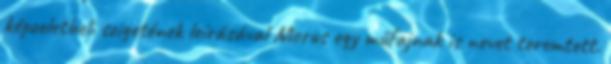
képzeletbeli szigetének leírásával Morus egy műfajnak is nevet teremtett.